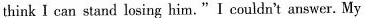
think I can stand losing him."I couldn't answer. My